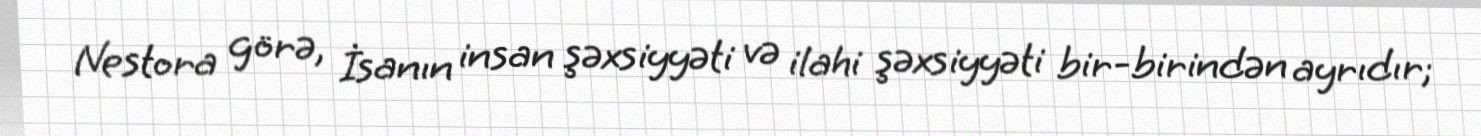
Nestora görə, İsanın insan şəxsiyyəti və ilahi şəxsiyyəti bir-birindən ayrıdır;